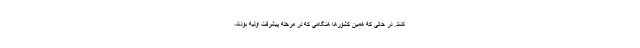
کنند. در حالی که همین کشورها هنگامی که در مرحله پیشرفت اولیه بودند،